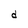
Character: d